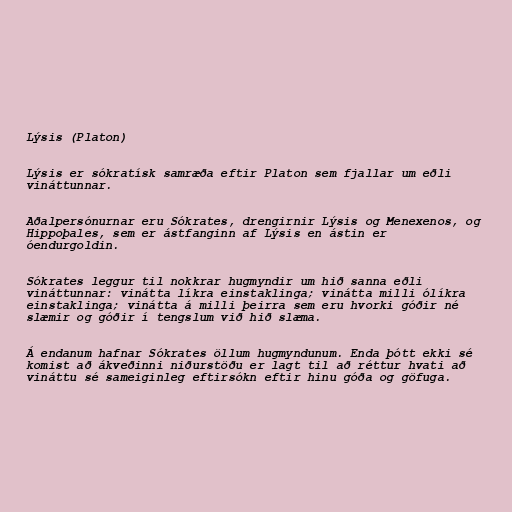
Lýsis (Platon)

Lýsis er sókratísk samræða eftir Platon sem fjallar um eðli
vináttunnar.

Aðalpersónurnar eru Sókrates, drengirnir Lýsis og Menexenos, og
Hippoþales, sem er ástfanginn af Lýsis en ástin er
óendurgoldin.

Sókrates leggur til nokkrar hugmyndir um hið sanna eðli
vináttunnar: vinátta líkra einstaklinga; vinátta milli ólíkra
einstaklinga; vinátta á milli þeirra sem eru hvorki góðir né
slæmir og góðir í tengslum við hið slæma.

Á endanum hafnar Sókrates öllum hugmyndunum. Enda þótt ekki sé
komist að ákveðinni niðurstöðu er lagt til að réttur hvati að
vináttu sé sameiginleg eftirsókn eftir hinu góða og göfuga.